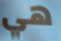
هي